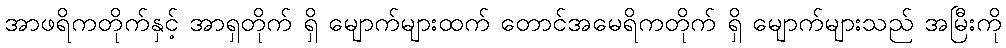
အာဖရိကတိုက်နှင့် အာရှတိုက် ရှိ မျောက်များထက် တောင်အမေရိကတိုက် ရှိ မျောက်များသည် အမြီးကို